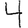
Digit: 4